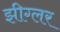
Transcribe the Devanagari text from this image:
झीग्लर